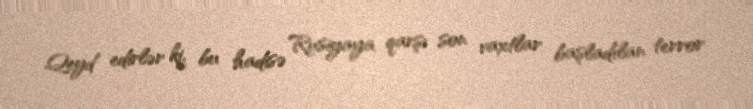
Qeyd edirlər ki, bu hadisə Rusiyaya qarşı son vaxtlar başladılan terror